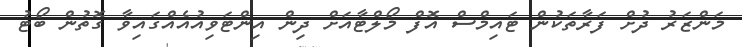
މަންޒަރު ދުށް ފަރާތަކުން ޓައިމްސް އޮފް މޯލްޓާއަށް ދިން އިންޓަވިއުއެއްގައިވާ ގޮތުން ބޯޓު